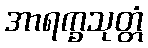
အာရက္ခသုတ္တံ